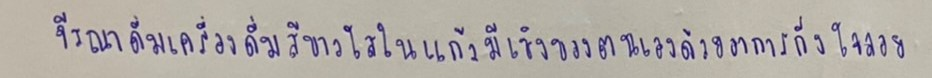
จีรณาดื่มเครื่องดื่มสีขาวใสในแก้วมีเชิงของตนเองด้วยอาการกึ่งใจลอย